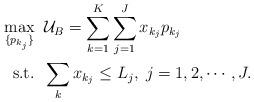
LaTeX: \begin{align*}\max_{\{p_{k_j}\}} &\;\; \mathcal{U}_B=\sum_{k=1}^K \sum_{j=1}^J x_{k_j} p_{k_j} \\\mbox{s.t.} &\;\; \sum_k x_{k_j} \leq L_j, \; j=1, 2, \cdots, J. \end{align*}